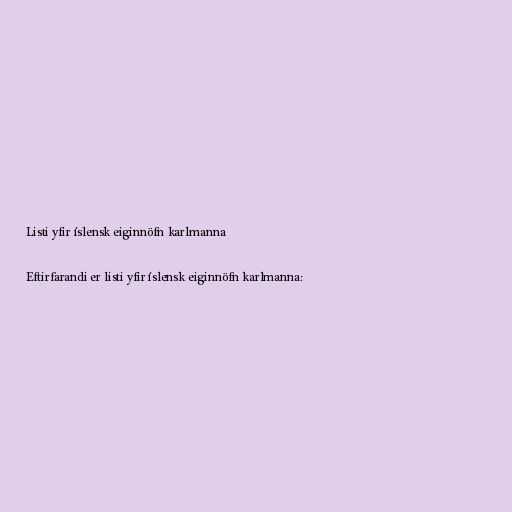
Listi yfir íslensk eiginnöfn karlmanna

Eftirfarandi er listi yfir íslensk eiginnöfn karlmanna: